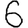
Digit: 6